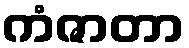
ကံဇာတာ